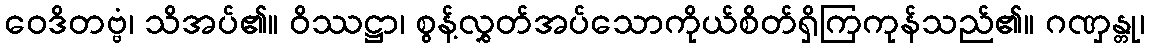
ဝေဒိတဗ္ဗံ၊ သိအပ်၏။ ဝိဿဋ္ဌာ၊ စွန့်လွှတ်အပ်သောကိုယ်စိတ်ရှိကြကုန်သည်၏။ ဂဏှန္တု၊